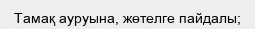
Тамақ ауруына, жөтелге пайдалы;